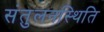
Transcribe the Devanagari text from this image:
संतुलनस्थिति